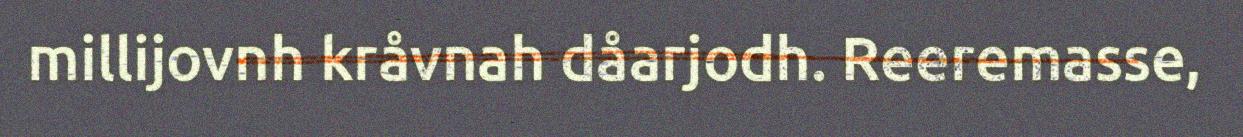
millijovnh kråvnah dåarjodh. Reeremasse,